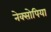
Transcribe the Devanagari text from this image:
नेक्सोपिया